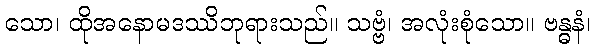
သော၊ ထိုအနောမဒဿိဘုရားသည်။ သဗ္ဗံ၊ အလုံးစုံသော။ ဗန္ဓနံ၊